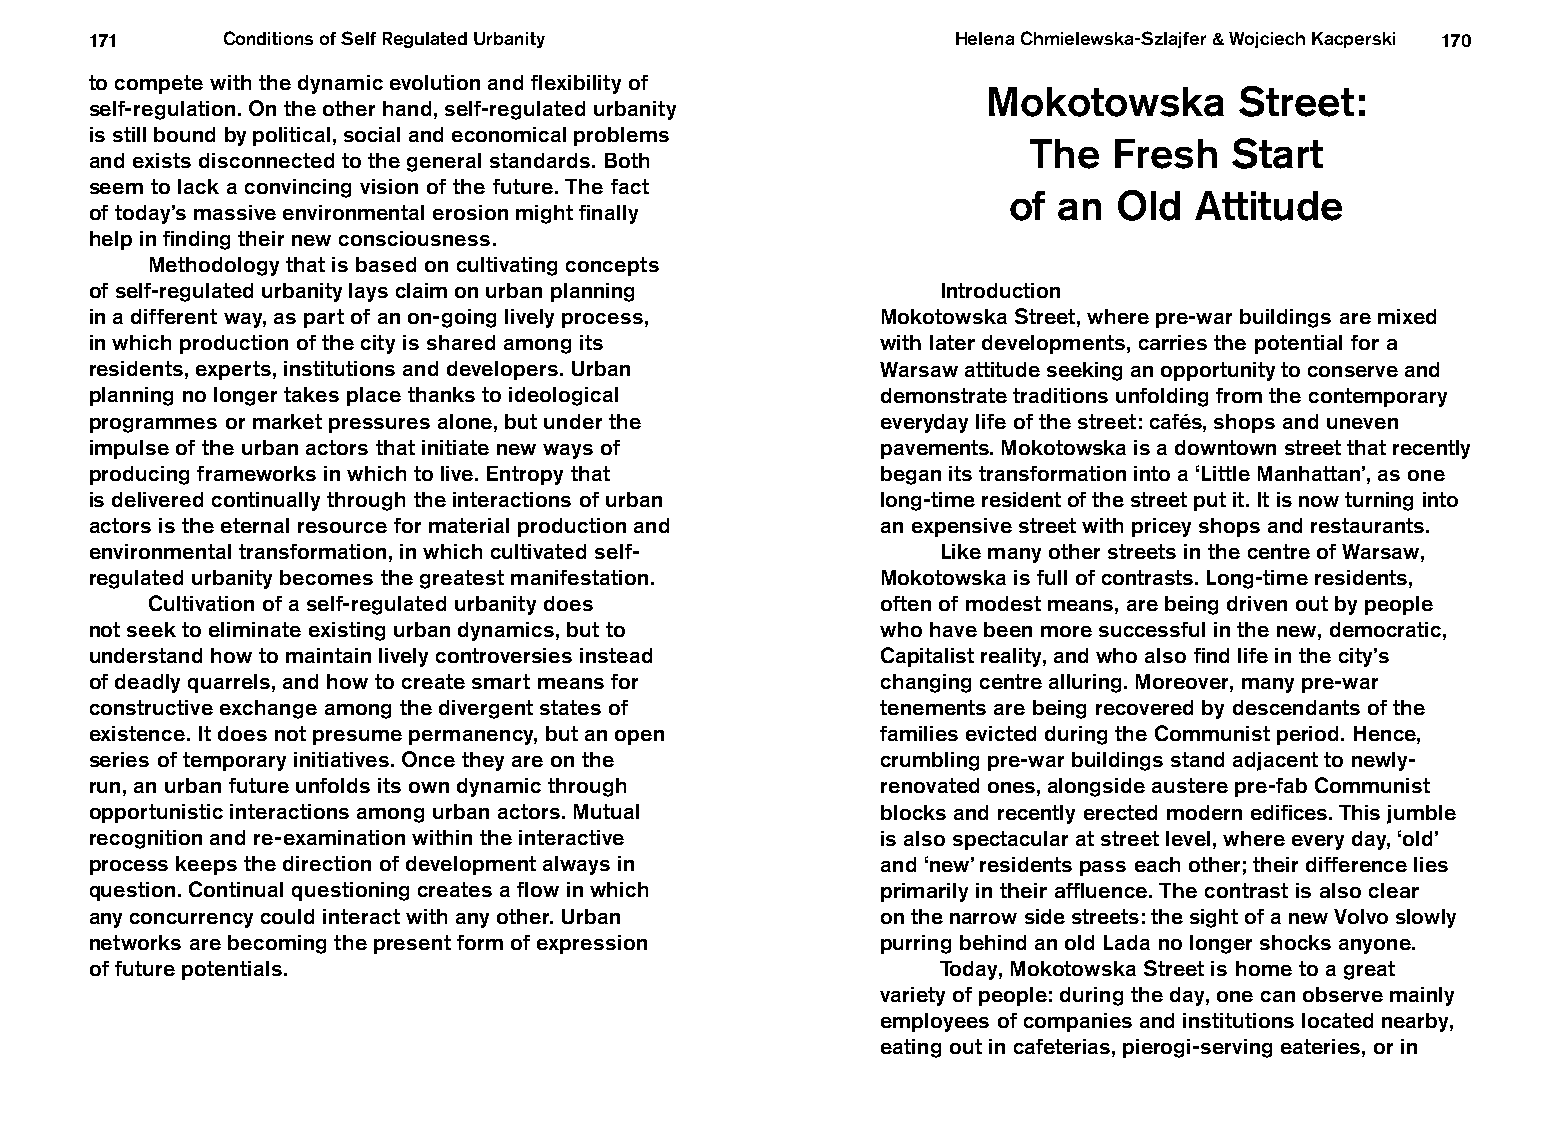
171      Conditions of Self Regulated Urbanity           Helena Chmielewska-Szlajfer & Wojciech Kacperski 170
 to compete with the dynamic evolution and flexibility of
 Mokotowska       Street:
 self-regulation. On the other hand, self-regulated urbanity
 is still bound by political, social and economical problems
 The   Fresh  Start
 and exists disconnected to the general standards. Both
 seem to lack a convincing vision of the future. The fact
 of an  Old  Attitude
 of today’s massive environmental erosion might finally
 help in finding their new consciousness.
 Methodology that is based on cultivating concepts
 of self-regulated urbanity lays claim on urban planning Introduction
 in a different way, as part of an on-going lively process, Mokotowska Street, where pre-war buildings are mixed
 in which production of the city is shared among its with later developments, carries the potential for a
 residents, experts, institutions and developers. Urban Warsaw attitude seeking an opportunity to conserve and
 planning no longer takes place thanks to ideological demonstrate traditions unfolding from the contemporary
 programmes or market pressures alone, but under the everyday life of the street: cafés, shops and uneven
 impulse of the urban actors that initiate new ways of pavements. Mokotowska is a downtown street that recently
 producing frameworks in which to live. Entropy that began its transformation into a ‘Little Manhattan’, as one
 is delivered continually through the interactions of urban long-time resident of the street put it. It is now turning into
 actors is the eternal resource for material production and an expensive street with pricey shops and restaurants.
 environmental transformation, in which cultivated self- Like many other streets in the centre of Warsaw,
 regulated urbanity becomes the greatest manifestation. Mokotowska is full of contrasts. Long-time residents,
 Cultivation of a self-regulated urbanity does   often of modest means, are being driven out by people
 not seek to eliminate existing urban dynamics, but to who have been more successful in the new, democratic,
 understand how to maintain lively controversies instead Capitalist reality, and who also find life in the city’s
 of deadly quarrels, and how to create smart means for changing centre alluring. Moreover, many pre-war
 constructive exchange among the divergent states of tenements are being recovered by descendants of the
 existence. It does not presume permanency, but an open families evicted during the Communist period. Hence,
 series of temporary initiatives. Once they are on the crumbling pre-war buildings stand adjacent to newly-
 run, an urban future unfolds its own dynamic through renovated ones, alongside austere pre-fab Communist
 opportunistic interactions among urban actors. Mutual blocks and recently erected modern edifices. This jumble
 recognition and re-examination within the interactive is also spectacular at street level, where every day, ‘old’
 process keeps the direction of development always in and ‘new’ residents pass each other; their difference lies
 question. Continual questioning creates a flow in which primarily in their affluence. The contrast is also clear
 any concurrency could interact with any other. Urban on the narrow side streets: the sight of a new Volvo slowly
 networks are becoming the present form of expression purring behind an old Lada no longer shocks anyone.
 of future potentials.                                   Today, Mokotowska Street is home to a great
 variety of people: during the day, one can observe mainly
 employees of companies and institutions located nearby,
 eating out in cafeterias, pierogi-serving eateries, or in